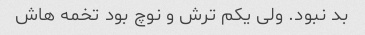
بد نبود. ولی یکم ترش و نوچ بود تخمه هاش